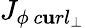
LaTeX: {J}_{\phi\ c\mathbf{u}rl_{\perp}}